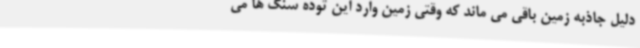
دلیل جاذبه زمین باقی می ماند که وقتی زمین وارد این توده سنگ ها می